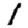
Digit: 1